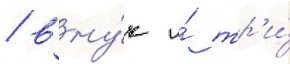
/ вну́к и́ тр'и́